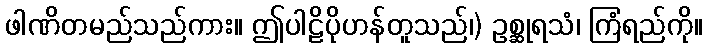
ဖါဏိတမည်သည်ကား။ ဤပါဠိပိုဟန်တူသည်၊) ဥစ္ဆုရသံ၊ ကြံရည်ကို။